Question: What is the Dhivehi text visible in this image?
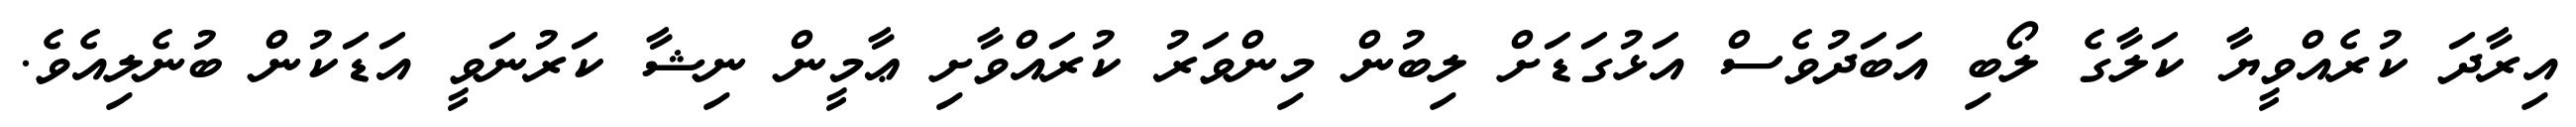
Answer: އިރާދަ ކުރެއްވީޔާ ކަލާގެ ލޯބި އަބަދުވެސް އަޅުގަޑަށް ލިބުން މިންވަރު ކުރައްވާށި ޢާމީން ނިޝާ ކަރުނަވީ އަޑަކުން ބުނެލިއެވެ.